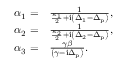
\begin{array} { r l } { \alpha _ { 1 } = } & { \frac { 1 } { \frac { \kappa _ { 1 } } { 2 } + \mathrm { i } \left( \Delta _ { 1 } - \Delta _ { \mathrm { p } } \right) } , } \\ { \alpha _ { 2 } = } & { \frac { 1 } { \frac { \kappa _ { 2 } } { 2 } + \mathrm { i } \left( \Delta _ { 2 } - \Delta _ { \mathrm { p } } \right) } , } \\ { \alpha _ { 3 } = } & { \frac { \gamma \beta } { \left( \gamma - \mathrm { i } \Delta _ { \mathrm { p } } \right) } . } \end{array}